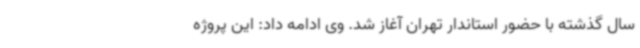
سال گذشته با حضور استاندار تهران آغاز شد. وی ادامه داد: این پروژه